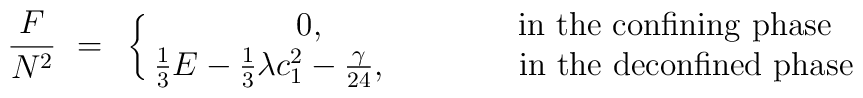
\frac{F}{N^2}~=~\left\{ \matrix{ 0,& {\rm in~the~confining~phase}\cr\frac{1}{3}E-\frac{1}{3}\lambda c_1^2 - \frac{\gamma}{24},~~~~~~~&{\rm ~~in~the ~deconfined~phase}\cr}\right.